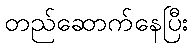
တည်ဆောက်နေပြီး